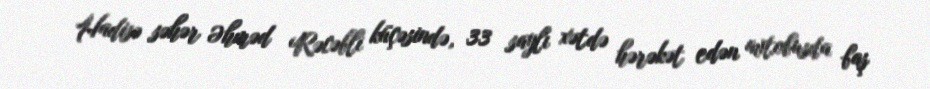
Hadisə səhər Əhməd Rəcəbli küçəsində, 33 saylı xətdə hərəkət edən avtobusda baş